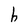
Character: h